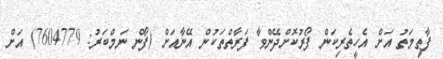
ފާތިމަތު އަށް އެހީތެރިކަން ފޯރުކޮށްދޭންވާ ފަރާތްތަކުން އޭނާއަށް (ފޯން ނަމްބަރު: 7604779) އަށް